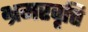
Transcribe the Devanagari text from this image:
भ्रमरवृत्ति